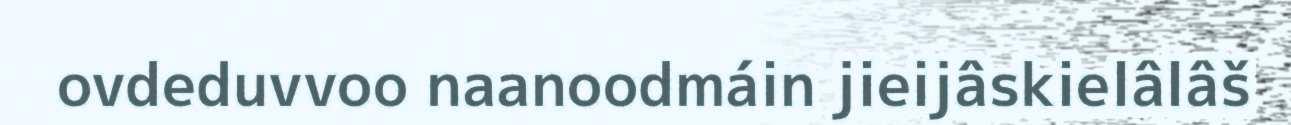
ovdeduvvoo naanoodmáin jieijâskielâlâš